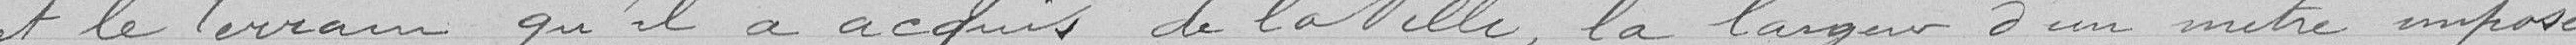
et le terrain qu'il a acquis de la Ville, la largeur d'un mètre imposé